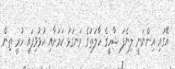
އޭގައި އިންނަނީ ލިޔެފަ ޝާހީގެ ހާލަތުގެ ރަނގަޅު ކަމަށާއި ހުޅުވިފައި ހުރީ ތިން